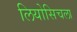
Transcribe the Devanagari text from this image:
लियोसिचला